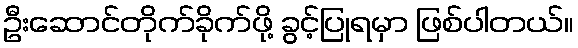
ဦးဆောင်တိုက်ခိုက်ဖို့ ခွင့်ပြုရမှာ ဖြစ်ပါတယ်။